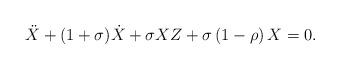
LaTeX: \begin{align*}\ddot{X}+(1+\sigma )\dot{X}+\sigma XZ+\sigma \left( 1-\rho \right) X=0.\end{align*}